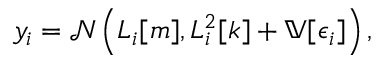
y _ { i } = \mathcal { N } \left( L _ { i } [ m ] , L _ { i } ^ { 2 } [ k ] + \mathbb { V } [ \epsilon _ { i } ] \right) ,